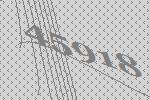
45918